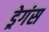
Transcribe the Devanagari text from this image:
ड्रेगंस